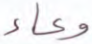
وعاء